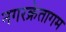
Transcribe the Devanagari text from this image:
नगरक्रेतागम